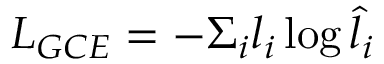
L _ { G C E } = - \Sigma _ { i } l _ { i } \log { \hat { l } _ { i } }